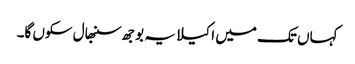
کہاں تک میں اکیلا یہ بوجھ سنبھال سکوں گا۔